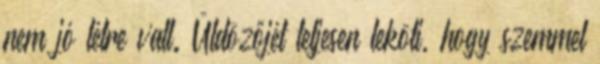
nem jó létre vall. Üldözőjét teljesen leköti, hogy szemmel